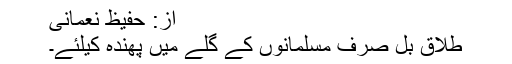
از: حفیظ نعمانی
طلاق بل صرف مسلمانوں کے گلے میں پھندہ کیلئے۔